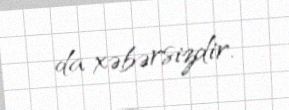
da xəbərsizdir.